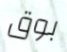
بوق